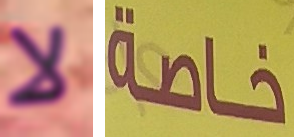
لا خاصة